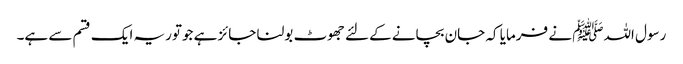
رسول اللہﷺ نے فرمایا کہ جان بچانے کےلئے جھوٹ بولنا جائز ہے جوتوریہ ایک قسم سے ہے۔